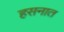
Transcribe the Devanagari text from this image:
हसनात